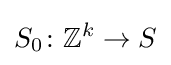
S_{0}\colon \mathbb {Z} ^{k}\to S